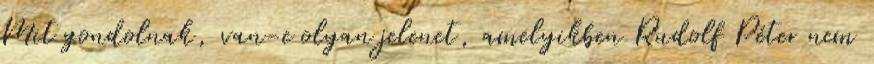
Mit gondolnak, van-e olyan jelenet, amelyikben Rudolf Péter nem